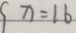
x = 1 6